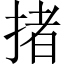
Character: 㨋